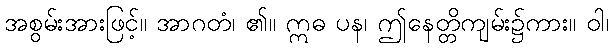
အစွမ်းအားဖြင့်။ အာဂတံ၊ ၏။ ဣဓ ပန၊ ဤနေတ္တိကျမ်း၌ကား။ ဝါ၊